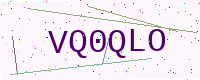
Text: VQ0QLO